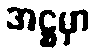
အဋ္ဌမှာ